Scottish Leaving Certificate Examination, 1955
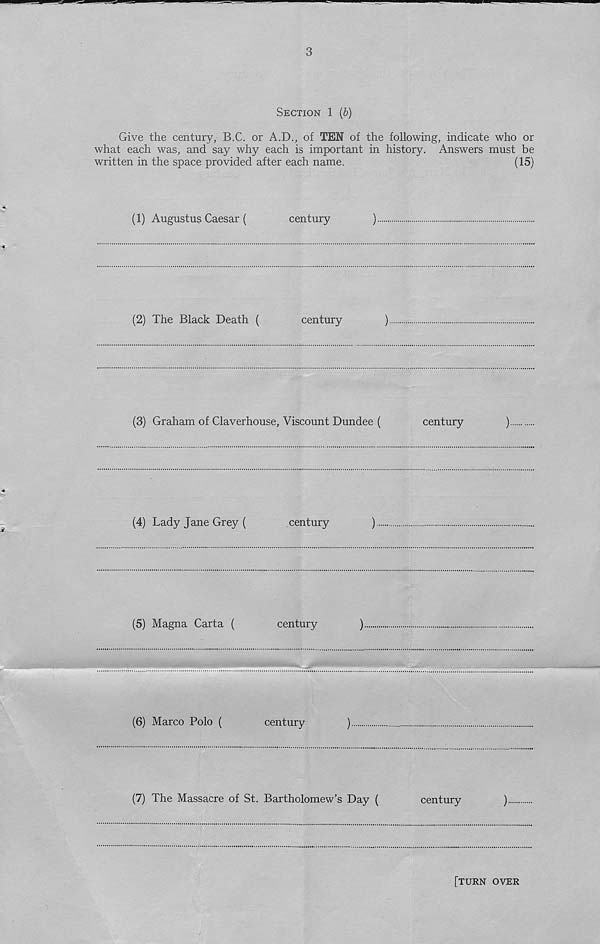
3
Section 1 (b)
Give the century, B.C. or A.D., of TEN of the following, indicate who or
what each was, and say why each is important in history. Answers must be
written in the space provided after each name.
(15)
(1) Augustus Caesar (
century
)
(2) The Black Death (
century
)
(3) Graham of Claverhouse, Viscount Dundee (
century
)
(4) Lady Jane Grey (
century
)
(5) Magna Carta (
century
)
(6) Marco Polo (
century
)
(7) The Massacre of St. Bartholomew’s Day (
century
)
[turn over